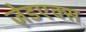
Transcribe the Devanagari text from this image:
ज़ेडएक्स